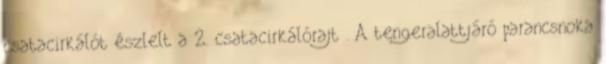
csatacirkálót észlelt a 2. csatacirkálórajt . A tengeralattjáró parancsnoka